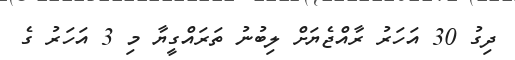
ދިގު 30 އަހަރު ރާއްޖެޔަށް ލިބުނު ތަރައްގީޔާ މި 3 އަހަރު ގެ